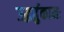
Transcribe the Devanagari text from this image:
उद्धर्तुकामः